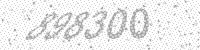
Solution: 898300